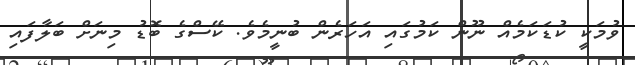
ވުމަކީ ކުޑަކަމެއް ނޫން ކަމުގައި އަހަރެން ބުނީމެވެ. ކޭސްގެ ބޮޑު މިނަށް ބަލާފައި